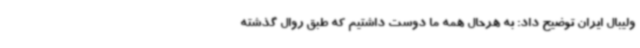
ولیبال ایران توضیح داد: به هرحال همه ما دوست داشتیم‌ که طبق روال گذشته